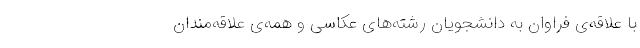
با علاقه‌ی فراوان به دانشجویان رشته‌های عکاسی و همه‌ی علاقه‌مندان